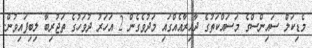
މެޑިކަލް ސައިންސްގެ މަސައްކަތުގެ ދާއިރާއެއްގައި މަދުވެގެން 2 އަހަރު ދުވަހުގެ ތަޖުރިބާ ލިބިފައިވުން.